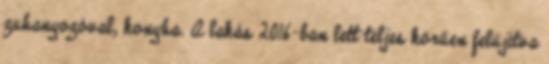
zuhanyozóval, konyha. A lakás 2016-ban lett teljes körűen felújítva